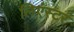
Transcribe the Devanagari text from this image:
लिएंस्टर